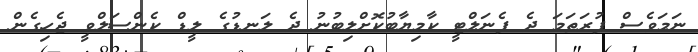
ނަމަވެސް ފުރަތަމަ ދެ ޕެނަލްޓީ ކާމިޔާބުކޮށްލިބުނު ދެ ލަނޑުގެ ލީޑް ކެންސަލްވީ ޖެހިގެން